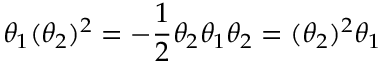
\theta _ { 1 } ( \theta _ { 2 } ) ^ { 2 } = - { \frac { 1 } { 2 } } \theta _ { 2 } \theta _ { 1 } \theta _ { 2 } = ( \theta _ { 2 } ) ^ { 2 } \theta _ { 1 }